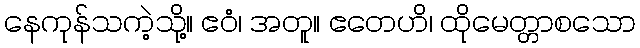
နေကုန်သကဲ့သို့။ ဧဝံ၊ အတူ။ ဧတေဟိ၊ ထိုမေတ္တာစသော